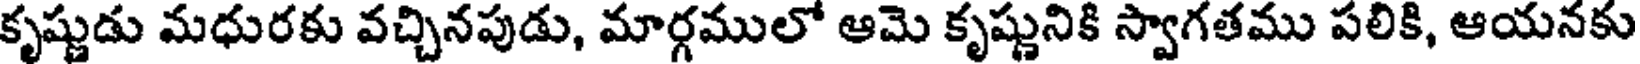
కృష్ణుడు మధురకు వచ్చినపుడు, మార్గములో ఆమె కృష్ణునికి స్వాగతము పలికి, ఆయనకు